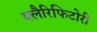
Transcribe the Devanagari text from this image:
क्लैरिफिटोरी